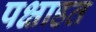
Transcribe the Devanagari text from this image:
पक्षाहत